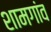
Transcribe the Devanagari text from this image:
शामगांव